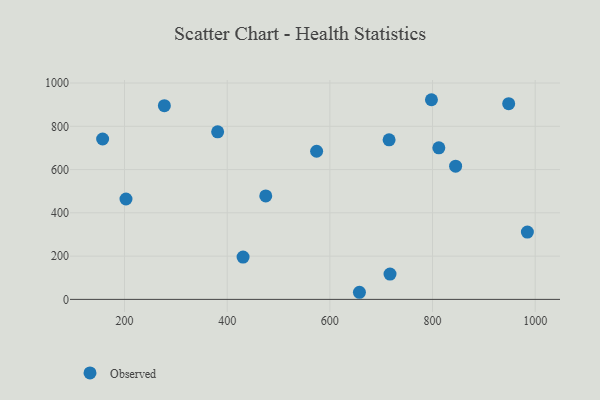
{"axis": {"x": "Experience", "y": "Fuel Efficiency"}, "legend": ["Observed"], "data": [{"x": "381.4", "y": 774.5, "type": "Observed"}, {"x": "797.9", "y": 922.8, "type": "Observed"}, {"x": "157.3", "y": 741.2, "type": "Observed"}, {"x": "202.8", "y": 464.0, "type": "Observed"}, {"x": "574.2", "y": 684.7, "type": "Observed"}, {"x": "948.4", "y": 904.4, "type": "Observed"}, {"x": "715.4", "y": 737.4, "type": "Observed"}, {"x": "717.2", "y": 117.1, "type": "Observed"}, {"x": "812.3", "y": 700.7, "type": "Observed"}, {"x": "475.1", "y": 478.3, "type": "Observed"}, {"x": "845.0", "y": 615.9, "type": "Observed"}, {"x": "277.6", "y": 895.1, "type": "Observed"}, {"x": "430.9", "y": 195.5, "type": "Observed"}, {"x": "657.6", "y": 32.9, "type": "Observed"}, {"x": "984.8", "y": 311.3, "type": "Observed"}]}